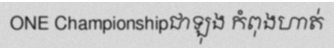
ONE Championshipជាឡុង កំពុងហាត់